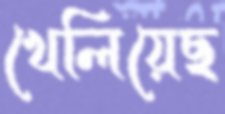
খেলিয়েছ